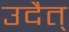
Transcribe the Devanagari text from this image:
उदैत्